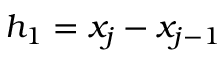
h _ { 1 } = x _ { j } - x _ { j - 1 }